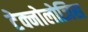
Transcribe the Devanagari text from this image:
टेक्नोलोजिस